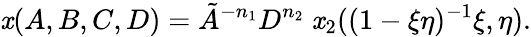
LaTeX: \mathit{x}(A,B,C,D)=\tilde{{A}}^{-n_{1}}D^{n_{2}}\ \mathit{x}_{2}((1-\xi\eta)^{-1}\xi,\eta).